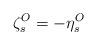
LaTeX: \begin{align*}\zeta_{s}^{O} = - \eta_{s}^{O}\end{align*}